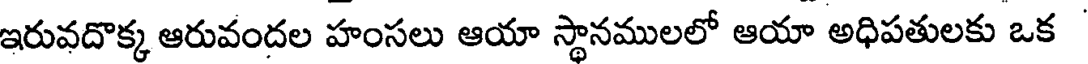
ఇరువదొక్క ఆరువందల హంసలు ఆయా స్థానములలో ఆయా అధిపతులకు ఒక